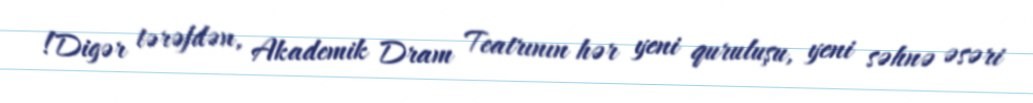
!Digər tərəfdən, Akademik Dram Teatrının hər yeni quruluşu, yeni səhnə əsəri